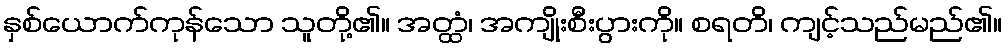
နှစ်ယောက်ကုန်သော သူတို့၏။ အတ္ထံ၊ အကျိုးစီးပွားကို။ စရတိ၊ ကျင့်သည်မည်၏။